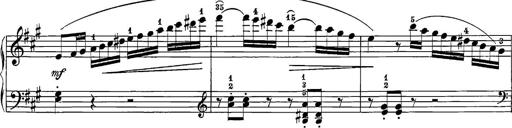
Title: 12 Sonatine per Pianoforte
Composer: Friedrich Kuhlau